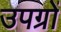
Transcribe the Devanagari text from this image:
उपग्रों